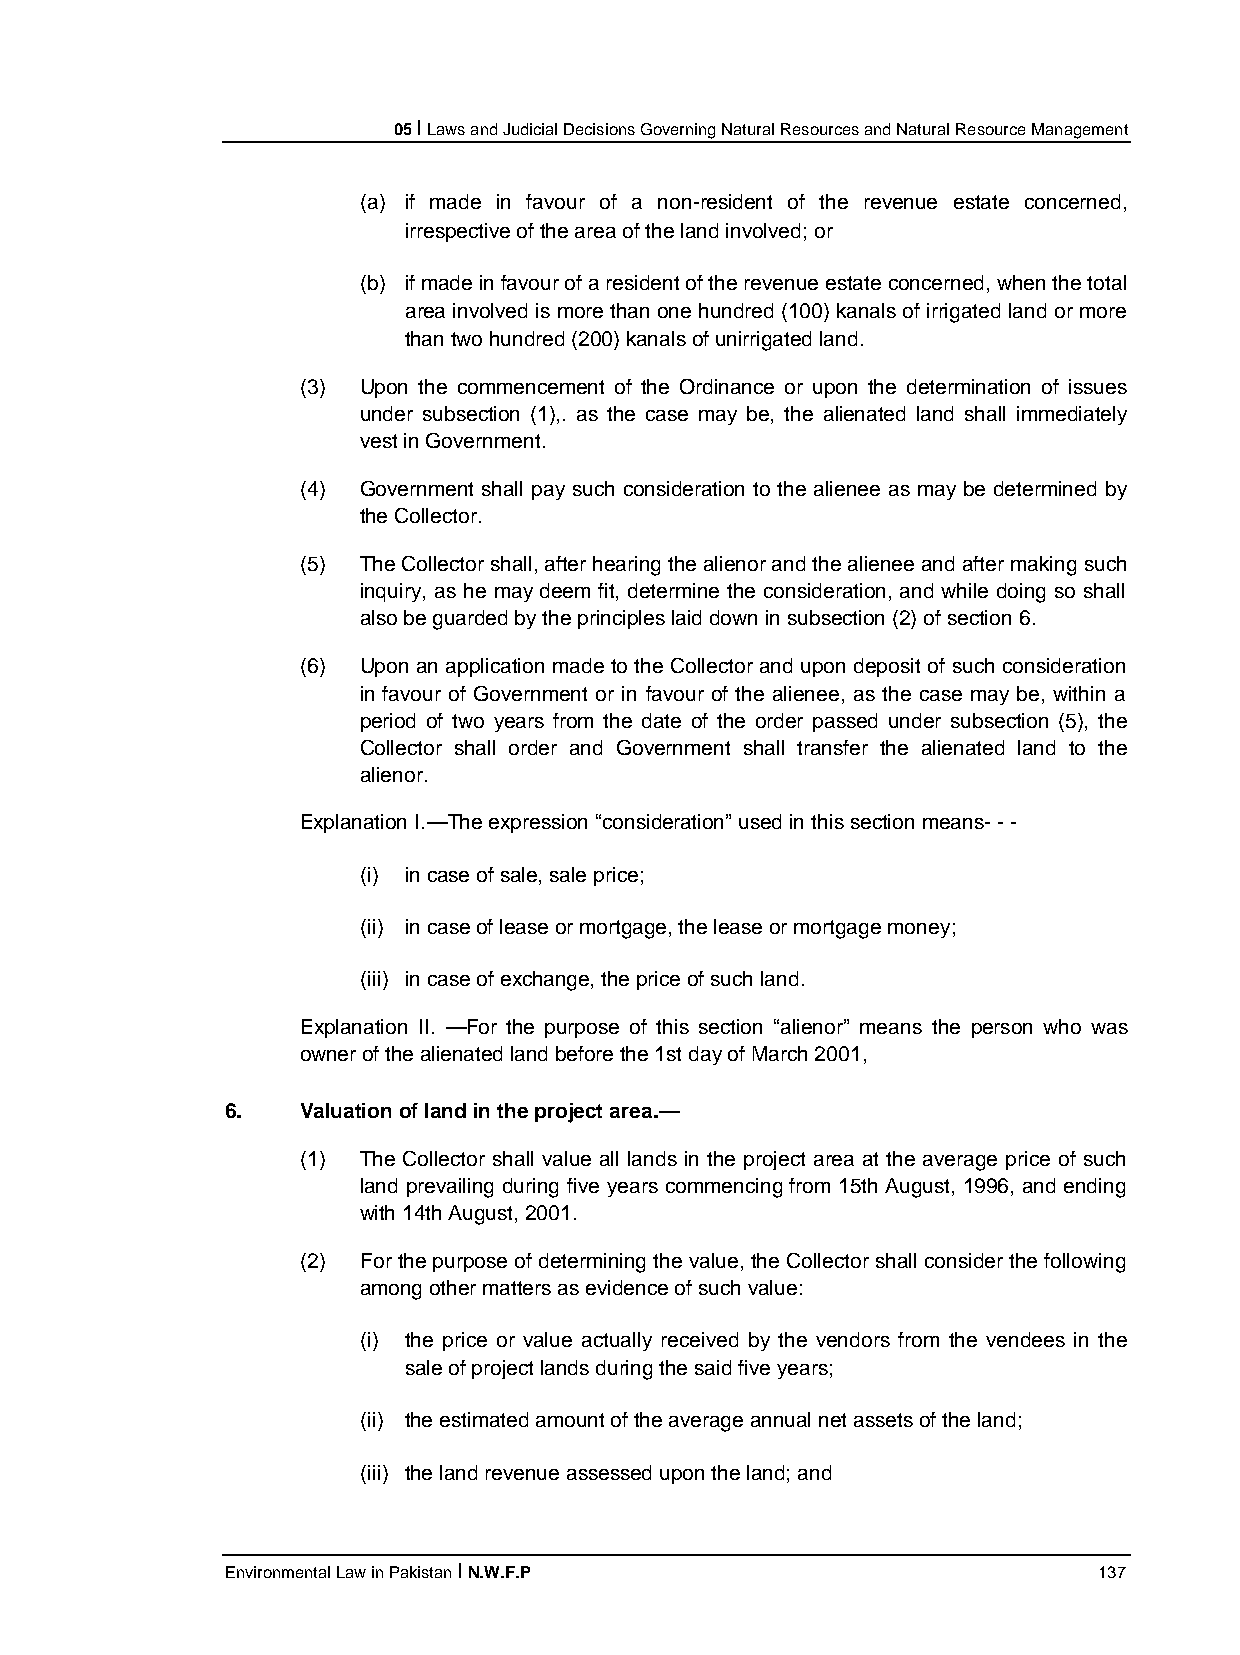
05 I Laws and Judicial Decisions Governing Natural Resources and Natural Resource Management
 (a) if made in favour of a non-resident of the revenue estate concerned,
 irrespective of the area of the land involved; or
 (b) if made in favour of a resident of the revenue estate concerned, when the total
 area involved is more than one hundred (100) kanals of irrigated land or more
 than two hundred (200) kanals of unirrigated land.
 (3) Upon the commencement of the Ordinance or upon the determination of issues
 under subsection (1),. as the case may be, the alienated land shall immediately
 vest in Government.
 (4) Government shall pay such consideration to the alienee as may be determined by
 the Collector.
 (5) The Collector shall, after hearing the alienor and the alienee and after making such
 inquiry, as he may deem fit, determine the consideration, and while doing so shall
 also be guarded by the principles laid down in subsection (2) of section 6.
 (6) Upon an application made to the Collector and upon deposit of such consideration
 in favour of Government or in favour of the alienee, as the case may be, within a
 period of two years from the date of the order passed under subsection (5), the
 Collector shall order and Government shall transfer the alienated land to the
 alienor.
 Explanation I.—The expression “consideration” used in this section means- - -
 (i) in case of sale, sale price;
 (ii) in case of lease or mortgage, the lease or mortgage money;
 (iii) in case of exchange, the price of such land.
 Explanation II. —For the purpose of this section “alienor” means the person who was
 owner of the alienated land before the 1st day of March 2001,
 6.   Valuation of land in the project area.—
 (1) The Collector shall value all lands in the project area at the average price of such
 land prevailing during five years commencing from 15th August, 1996, and ending
 with 14th August, 2001.
 (2) For the purpose of determining the value, the Collector shall consider the following
 among other matters as evidence of such value:
 (i) the price or value actually received by the vendors from the vendees in the
 sale of project lands during the said five years;
 (ii) the estimated amount of the average annual net assets of the land;
 (iii) the land revenue assessed upon the land; and
 Environmental Law in Pakistan I N.W.F.P                   137